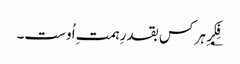
؂فِکرِ ہر کس بقدرِ ہمتِ اُوست۔